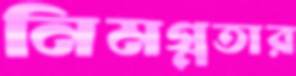
নিমগ্নতার